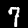
Label: 7